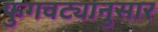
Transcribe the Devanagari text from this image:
फुगवट्यानुसार